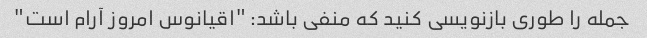
جمله را طوری بازنویسی کنید که منفی باشد: "اقیانوس امروز آرام است"